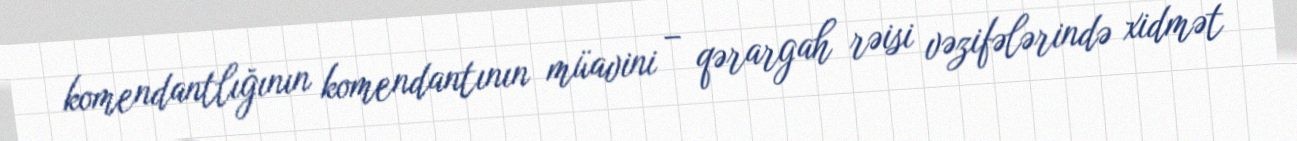
komendantlığının komendantının müavini – qərargah rəisi vəzifələrində xidmət